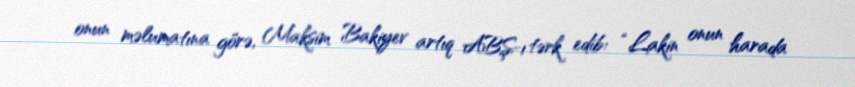
onun məlumatına görə, Maksim Bakiyev artıq ABŞ-ı tərk edib: “Lakin onun harada